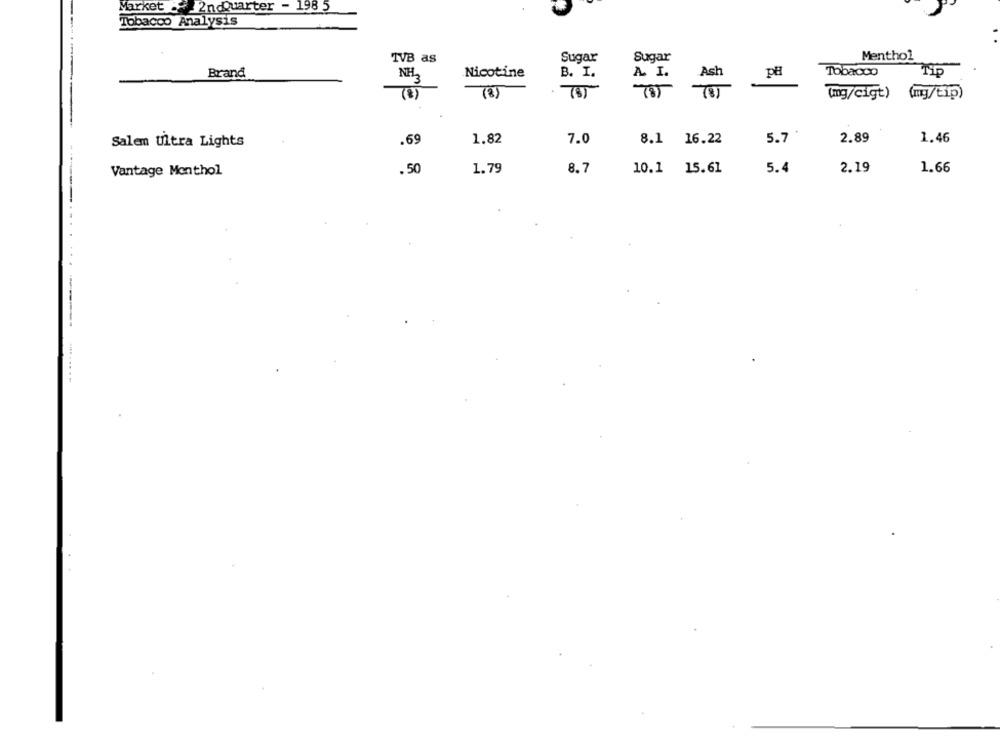
Market &# 2ndQuarter - 198 5
Tobacco Analysis
IVB as
Sugar
Sugar
Menthol
Brand
NH2
Nicotine
B. I.
A I.
Ash
pH
Tobacco
Tip
-----
(8)
(8)
(mg/cigt) (mg/tip)
-
Salem Ultra Lights
.69
1.82
7.0
8.1 16.22
5.7
2.89
1.46
Vantage Monthol
. 50
1.79
8.7
10.1 15.61
5.4
2.19
1.66